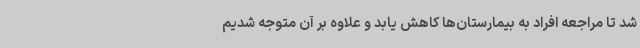
شد تا مراجعه افراد به بیمارستان‌ها کاهش یابد و علاوه بر آن متوجه شدیم